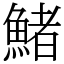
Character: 鯺